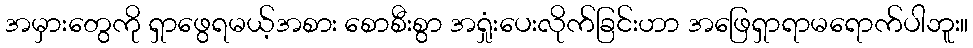
အမှားတွေကို ရှာဖွေရမယ့်အစား စောစီးစွာ အရှုံးပေးလိုက်ခြင်းဟာ အဖြေရှာရာမရောက်ပါဘူး။